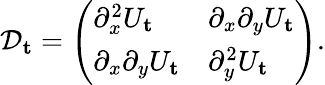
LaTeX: \begin{array}{r}{\mathcal{D}_{\mathbf{t}}=\left(\begin{array}{ll}{\partial_{x}^{2}U_{\mathbf{t}}}&{\partial_{x}\partial_{y}U_{\mathbf{t}}}\\ {\partial_{x}\partial_{y}U_{\mathbf{t}}}&{\partial_{y}^{2}U_{\mathbf{t}}}\end{array}\right).}\end{array}